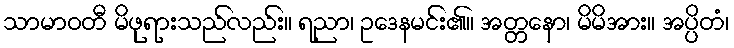
သာမာဝတီ မိဖုရားသည်လည်း။ ရညာ၊ ဥဒေနမင်း၏။ အတ္တနော၊ မိမိအား။ အပ္ပိတံ၊